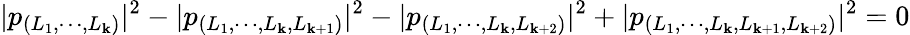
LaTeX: |p_{(L_{1},\cdots,L_{\mathbf{k}})}|^{2}-|p_{(L_{1},\cdots,L_{\mathbf{k}},L_{\mathbf{k}+1})}|^{2}-|p_{(L_{1},\cdots,L_{\mathbf{k}},L_{\mathbf{k}+2})}|^{2}+|p_{(L_{1},\cdots,L_{\mathbf{k}},L_{\mathbf{k}+1},L_{\mathbf{k}+2})}|^{2}=0